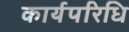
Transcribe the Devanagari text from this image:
कार्यपरिधि